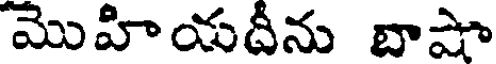
మొహియదీను బాషా